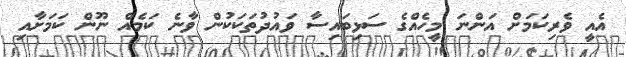
އެއީ ވެރިކަމަށް އަންނަ މީހެއްގެ ސަޅިބައިސާ ވައުދުތަކަކުން ވާނެ ކަމެއް ނޫން ކަމަށާއި